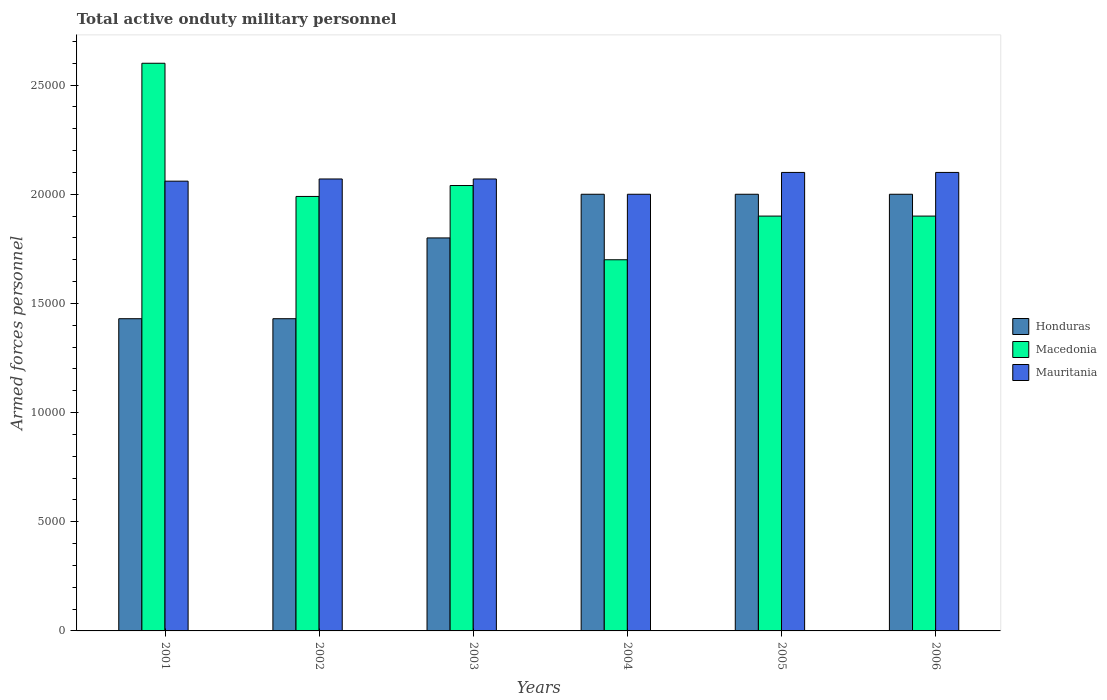
| Years | Honduras | Macedonia | Mauritania |
 | --- | --- | --- | --- |
 | 2001 | 1.43e+04 | 2.6e+04 | 2.06e+04 |
 | 2002 | 1.43e+04 | 1.99e+04 | 2.07e+04 |
 | 2003 | 1.8e+04 | 2.04e+04 | 2.07e+04 |
 | 2004 | 2e+04 | 1.7e+04 | 2e+04 |
 | 2005 | 2e+04 | 1.9e+04 | 2.1e+04 |
 | 2006 | 2e+04 | 1.9e+04 | 2.1e+04 |